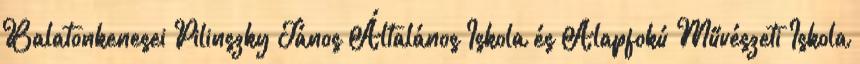
Balatonkenesei Pilinszky János Általános Iskola és Alapfokú Művészeti Iskola